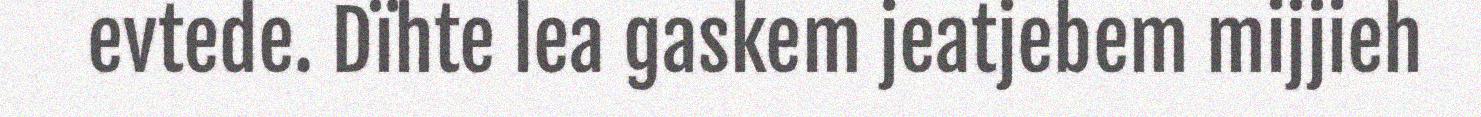
evtede. Dïhte lea gaskem jeatjebem mijjieh